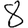
Digit: 8